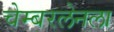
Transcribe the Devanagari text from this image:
चेम्बरलेनला